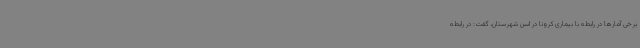
برخی آمارها در رابطه با بیماری کرونا در اسن شهرستان، گفت: در رابطه